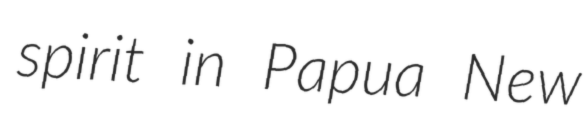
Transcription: spirit in Papua New